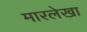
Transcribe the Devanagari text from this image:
मारलेखा